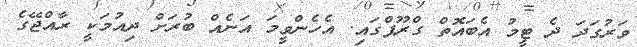
ވަރުގަދަ ދެ ޓީމު އެބައޮތް ގްރޫޕްގައި. އެހެންވީމަ އަނެއް ބުރަށް ދިއުމަކީ ރާއްޖޭގެ